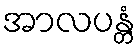
အာလပန္တံ